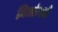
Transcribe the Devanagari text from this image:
मिलांजले